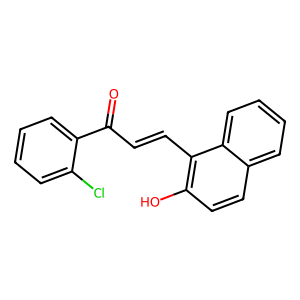
SMILES: O=C(C=Cc1c(O)ccc2ccccc12)c1ccccc1Cl
Inhibits HIV replication: No